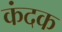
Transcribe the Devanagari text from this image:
कंदक